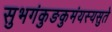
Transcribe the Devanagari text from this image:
सुभगंकुङकुमंयस्यसुते